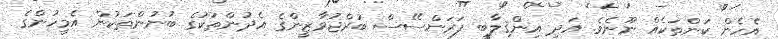
އެހެން ކަންތަކެއް ނޫނެވެ. އަދި އިންޤިލާބީ ފަރަންސޭސް ބުރްޖުވާޒީންގެ އެދުންތަކުގެ ބުނުންތަކުން އެމީހުންގެ